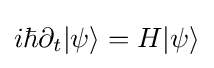
{\textstyle i\hbar \partial _{t}|\psi \rangle =H|\psi \rangle }